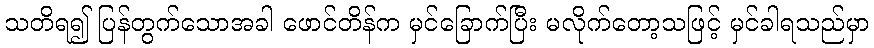
သတိရ၍ ပြန်တွက်သောအခါ ဖောင်တိန်က မှင်ခြောက်ပြီး မလိုက်တော့သဖြင့် မှင်ခါရသည်မှာ